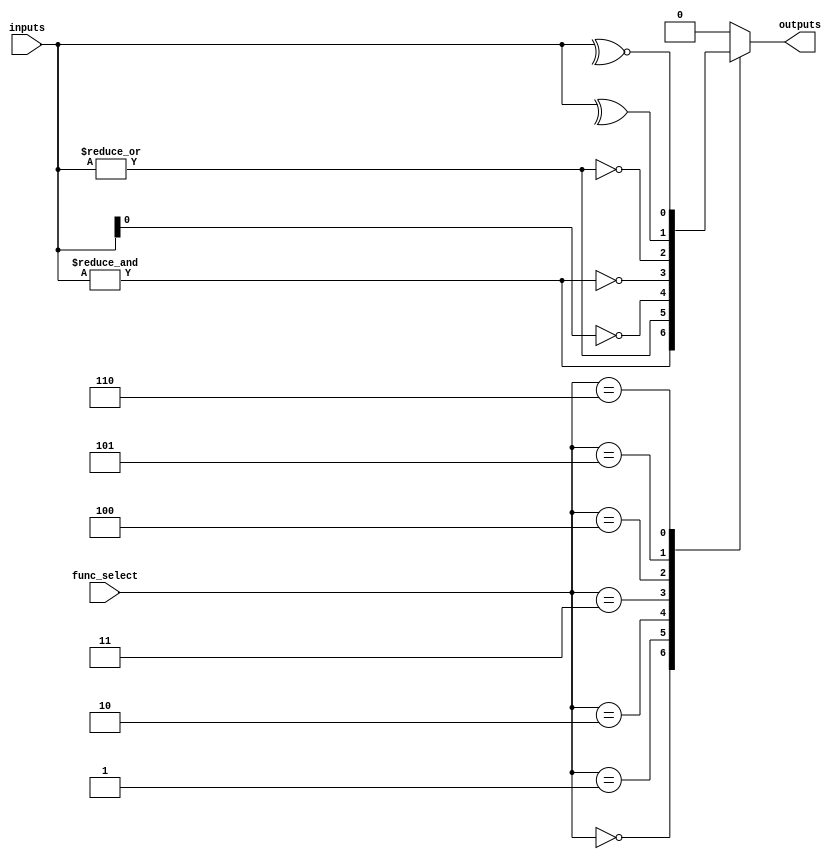
module CombinationalLogicBlock #(
    parameter N = 4, // Number of inputs
    parameter M = 1   // Number of outputs
)(
    input  wire [N-1:0]  inputs,      // Input lines
    input  wire [2:0]    func_select,  // Function select signal
    output reg  [M-1:0]  outputs       // Output lines
);

    // Function select encoding
    localparam FUNC_AND  = 3'b000;
    localparam FUNC_OR   = 3'b001;
    localparam FUNC_NOT  = 3'b010;
    localparam FUNC_NAND = 3'b011;
    localparam FUNC_NOR  = 3'b100;
    localparam FUNC_XOR  = 3'b101;
    localparam FUNC_XNOR = 3'b110;

    always @(*) begin
        case (func_select)
            FUNC_AND: outputs = &inputs; // AND operation
            FUNC_OR:  outputs = |inputs;  // OR operation
            FUNC_NOT: outputs = ~inputs[0]; // NOT operation (single input)
            FUNC_NAND: outputs = ~( &inputs ); // NAND operation
            FUNC_NOR:  outputs = ~( |inputs ); // NOR operation
            FUNC_XOR:  outputs = ^inputs;  // XOR operation
            FUNC_XNOR: outputs = ~^inputs; // XNOR operation
            default:   outputs = {M{1'b0}}; // Default case (outputs low)
        endcase
    end

endmodule